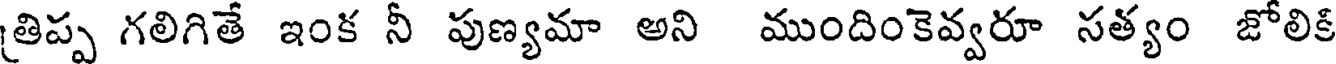
తిప్ప గలిగితే ఇంక నీ పుణ్యమా అని ముందింకెవ్వరూ సత్యం జోలికి